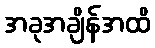
အခုအချိန်အထိ